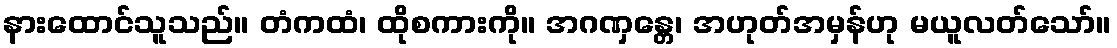
နားထောင်သူသည်။ တံကထံ၊ ထိုစကားကို။ အဂဏှန္တေ၊ အဟုတ်အမှန်ဟု မယူလတ်သော်။